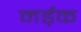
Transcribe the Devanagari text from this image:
मर्ड़क